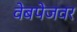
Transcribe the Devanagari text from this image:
वेबपेजवर